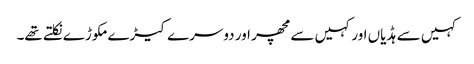
کہیں سے ہڈیاں اور کہیں سے مچھر اور دوسرے کیڑے مکوڑے نکلتے تھے۔